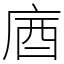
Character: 庮